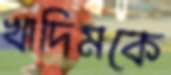
খাদিমকে